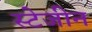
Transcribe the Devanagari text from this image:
स्टेजीन